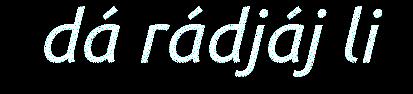
dá rádjáj li